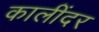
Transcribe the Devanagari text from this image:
कालींदर